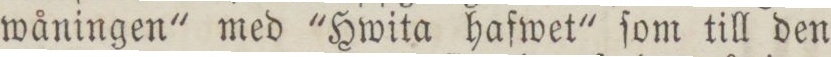
wåningen' med 'Hwita hafwet' ſom till den